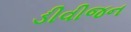
ડીવીજન